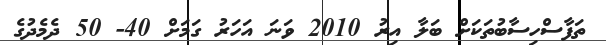
ތަފާސްހިސާބުތަކަށް ބަލާ އިރު 2010 ވަނަ އަހަރު ގަމަށް 40- 50 ދެމެދުގެ